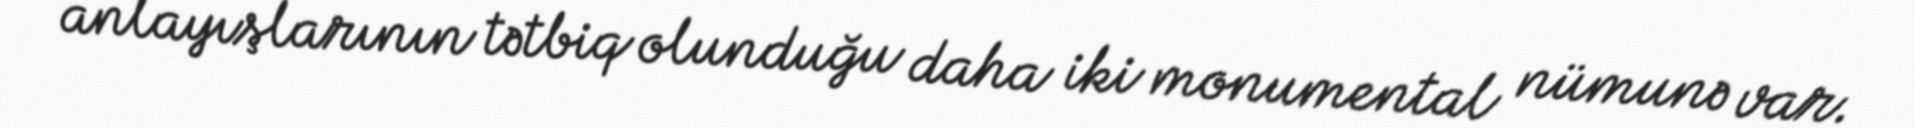
anlayışlarının tətbiq olunduğu daha iki monumental nümunə var.